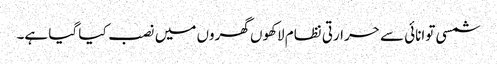
شمسی توانائی سے حرارتی نظام لاکھوں گھروں میں نصب کیا گیا ہے۔